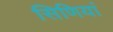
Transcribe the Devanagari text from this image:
सिणियां